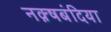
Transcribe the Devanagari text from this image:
नक़्षबंदिया